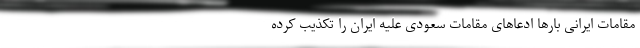
مقامات ایرانی بارها ادعاهای مقامات سعودی علیه ایران را تکذیب کرده